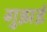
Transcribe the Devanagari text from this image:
गुझई